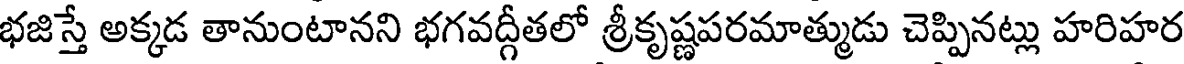
భజిస్తే అక్కడ తానుంటానని భగవద్గీతలో శ్రీకృష్ణపరమాత్ముడు చెప్పినట్లు హరిహర